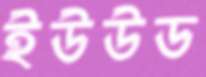
ইউউড